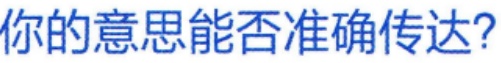
你的意思能否准确传达？